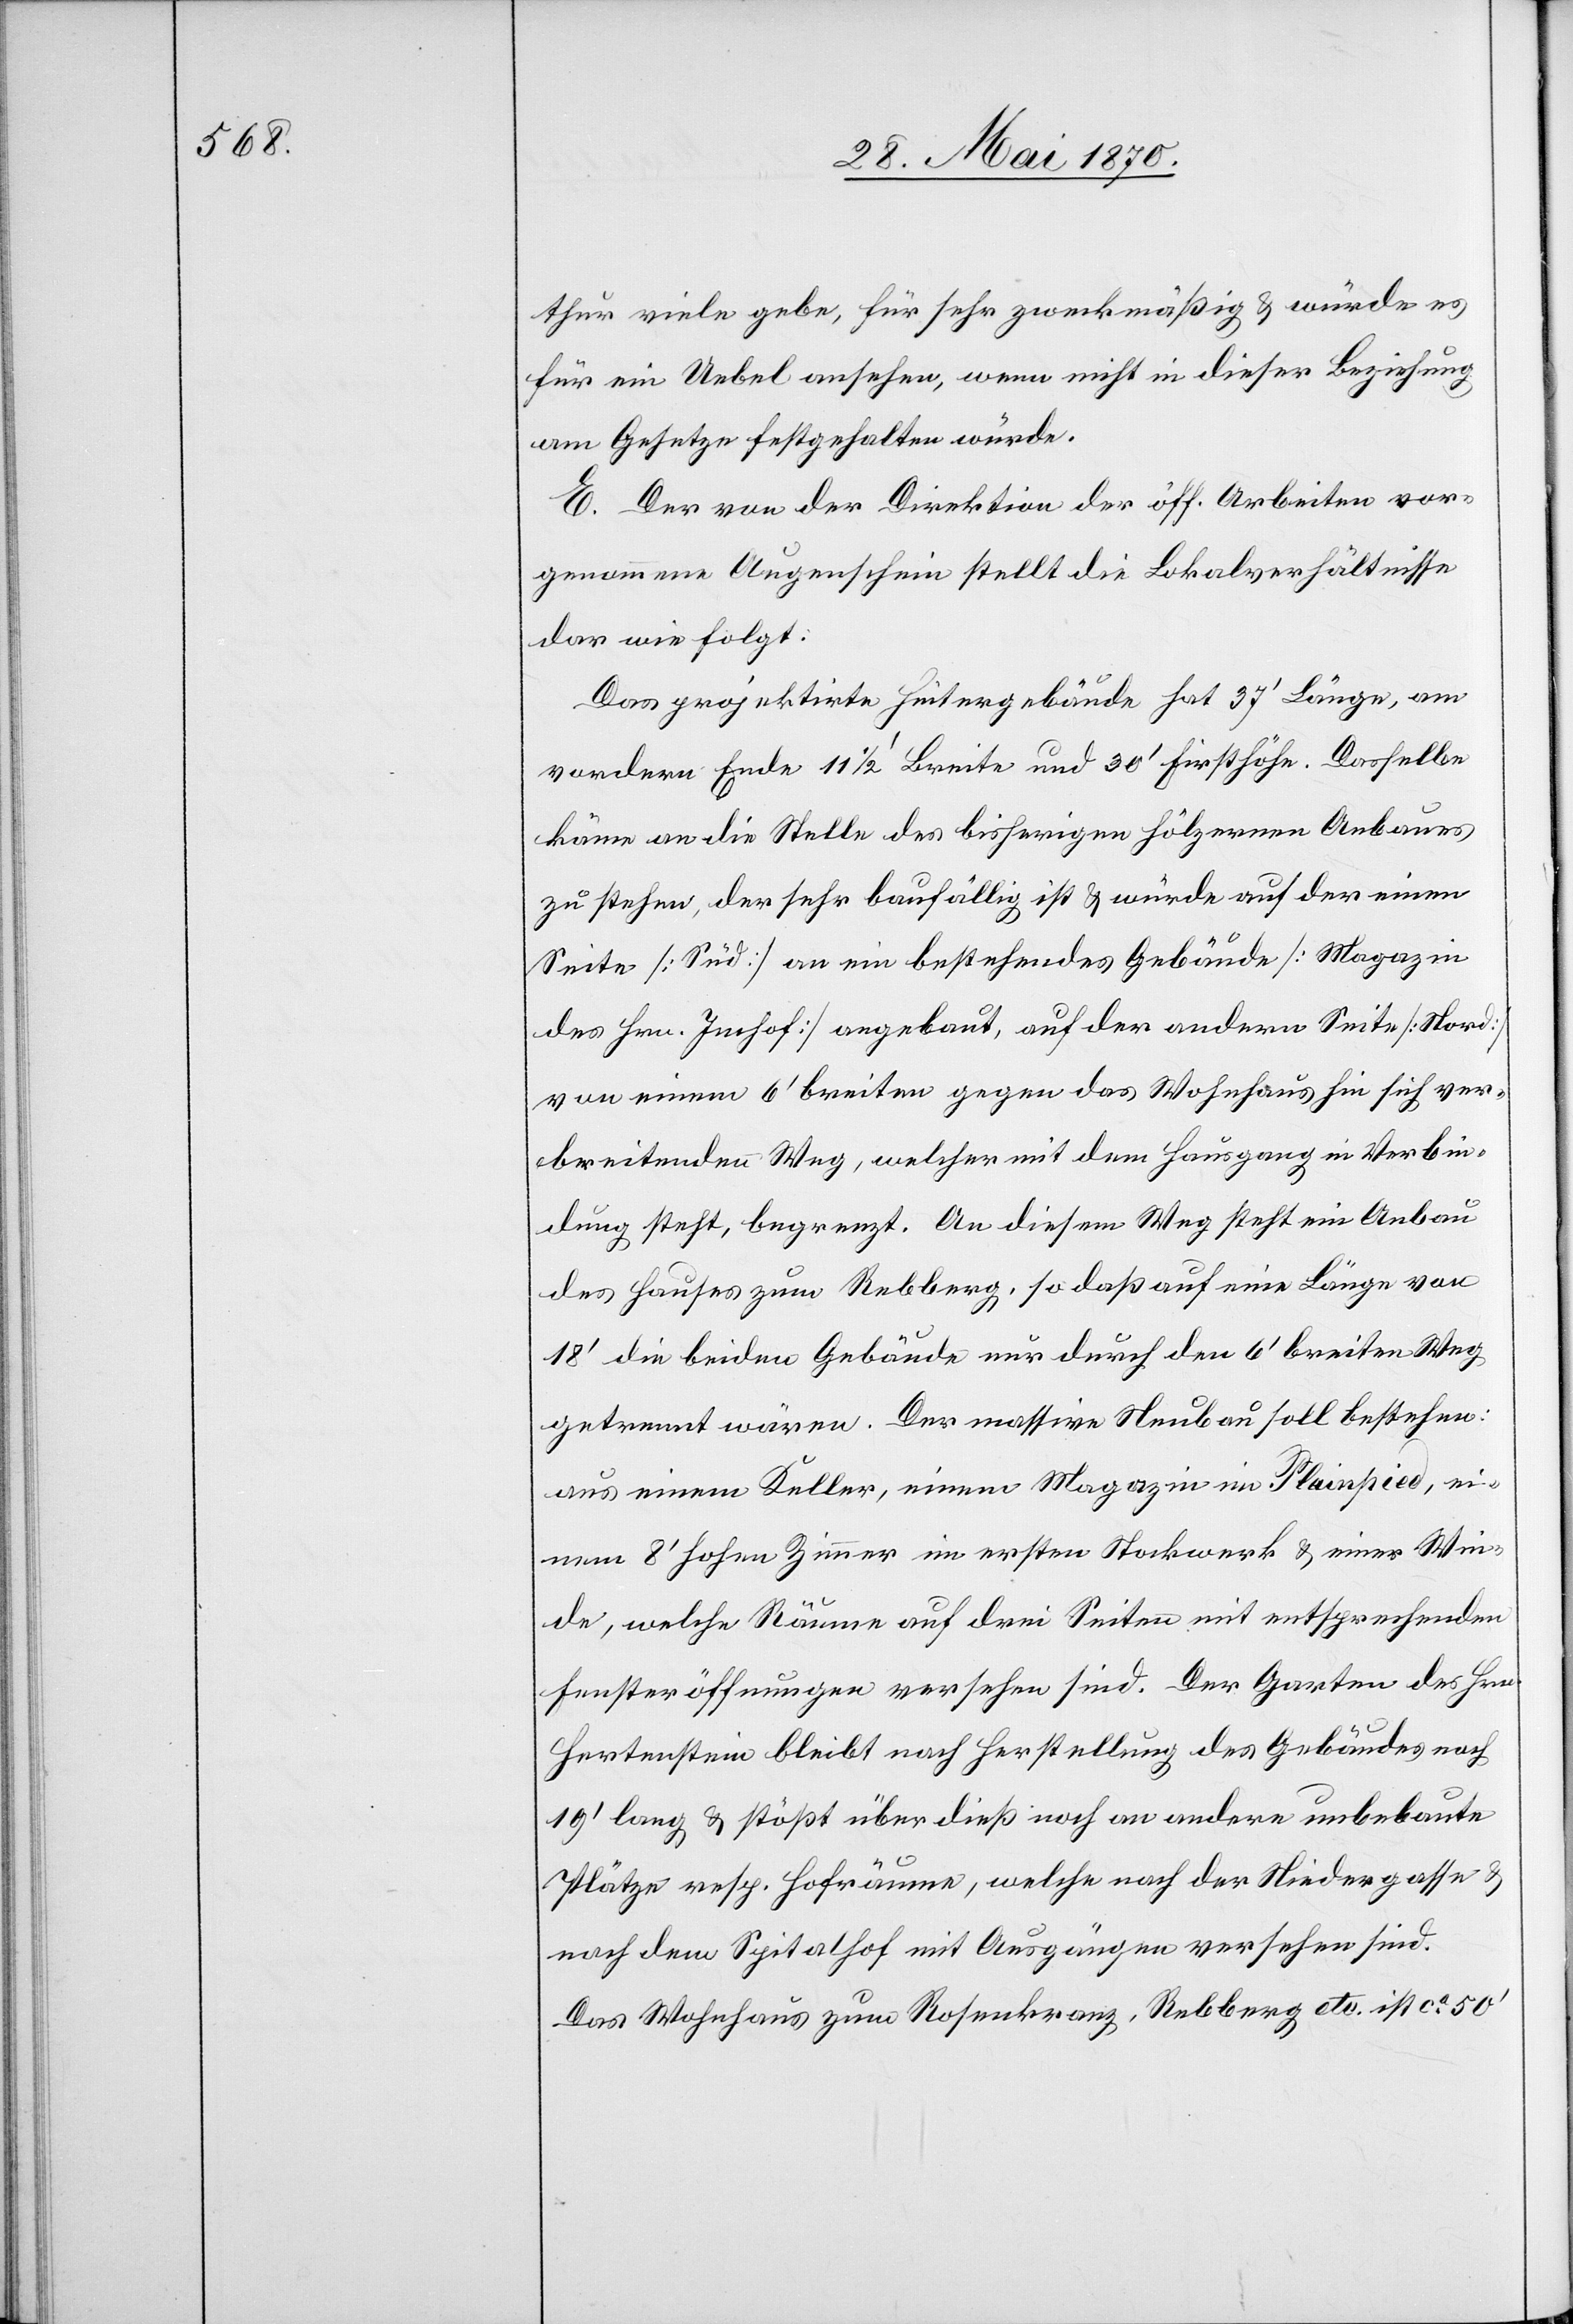
thur viele gebe, für sehr zweckmäßig & würde es
für ein Uebel ansehen, wenn nicht in dieser Beziehung
am Gesetze festgehalten würde.
E. Der von der Direktion der öff. Arbeiten vor¬
genommene Augenschein stellt die Lokalverhältnisse
dar wie folgt:
Das projektirte Hintergebäude hat 37‘ Länge, am
vordern Ende 11 1/2‘ Breite und 30‘ Fisthöhe. Dasselbe
käme an die Stelle des bisherigen hölzernen Anbaues
zu stehen, der sehr baufällig ist & würde auf der einen
Seite [Süd] an ein bestehendes Gebäude [Magazin
des Hrn. Imhof] angebaut, auf der andern Seite [Nord]
von einem 6‘ breiten gegen das Wohnhaus hin sich ver¬
breitenden Weg, welcher mit dem Hausgang in Verbin¬
dung steht, begrenzt. An diesem Weg steht ein Anbau
des Hauses zum Rebberg, so daß auf eine Länge von
18‘ die beiden Gebäude nur durch den 6‘ breiten Weg
getrennt wären. Der massive Neubau soll bestehen:
aus einem Keller, einem Magazin in Plainpied, ei¬
nem 8‘ hohen Zimmer im ersten Stockwerk & einer Win¬
de, welche Räume auf drei Seiten mit entsprechenden
Fensteröffnungen versehen sind. Der Garten des Hrn.
Hertenstein bleibt nach Herstellung des Gebäudes noch
19‘ lang & stößt überdieß noch an andere unbebaute
Plätze resp. Hofräume, welche nach der Niedergasse
nach dem Spitalhof mit Ausgängen versehen sind.
Das Wohnhaus zum Rosenkranz, Rebberg etc. ist ca 50‘